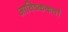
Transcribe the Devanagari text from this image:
आविष्ककर्ता